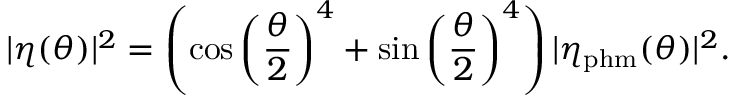
| \eta ( \theta ) | ^ { 2 } = \left( \cos \left( \frac { \theta } { 2 } \right) ^ { 4 } + \sin \left( \frac { \theta } { 2 } \right) ^ { 4 } \right) | \eta _ { \mathrm { p h m } } ( \theta ) | ^ { 2 } .